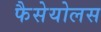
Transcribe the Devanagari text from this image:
फैसेयोलस